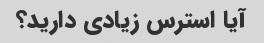
آیا استرس زیادی دارید؟